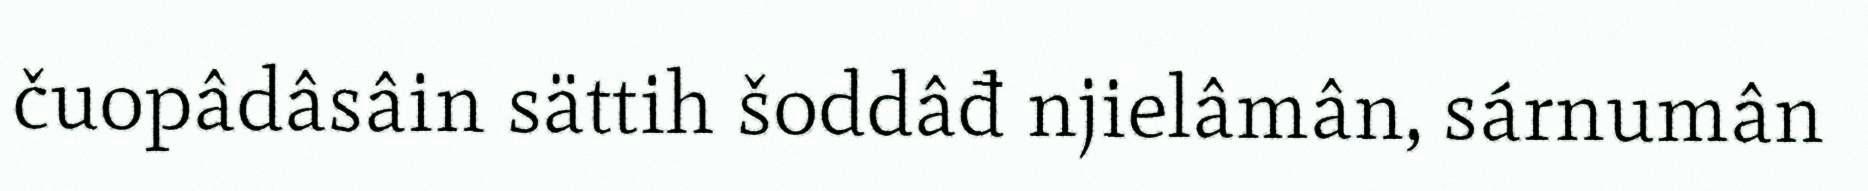
čuopâdâsâin sättih šoddâđ njielâmân, sárnumân